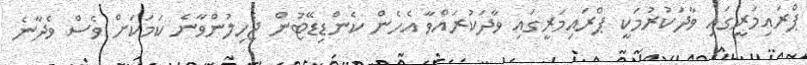
ޕްރައިމަރީގައި ވާދަކުރުމަކީ ޕްރައިމަރީގައި ވާދަކުރައްވާ އެހެން ކެންޑިޑޭޓުން ޖެހިލުންވާނެ ކަމަކަށް ވެސް ވެދާނެ